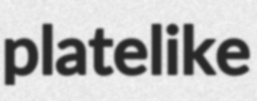
platelike